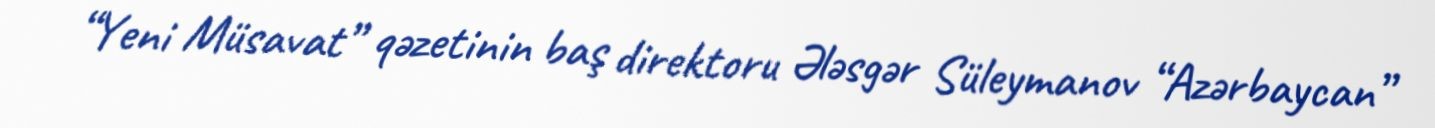
“Yeni Müsavat” qəzetinin baş direktoru Ələsgər Süleymanov “Azərbaycan”